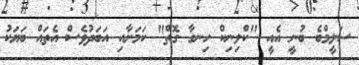
ސަލީމްބެ ބުނީ އެއީ "ކްލިނިކް ހިނގާ ގޮތް" ކަމަށާއި އަބަދުވެސް އެތައް ބަޔަކު